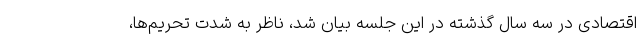
اقتصادی در سه سال گذشته در این جلسه بیان شد، ناظر به شدت تحریم‌ها،